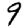
Digit: 9